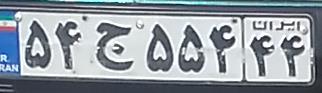
۵۴ج۵۵۴۴۴